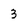
Character: 3